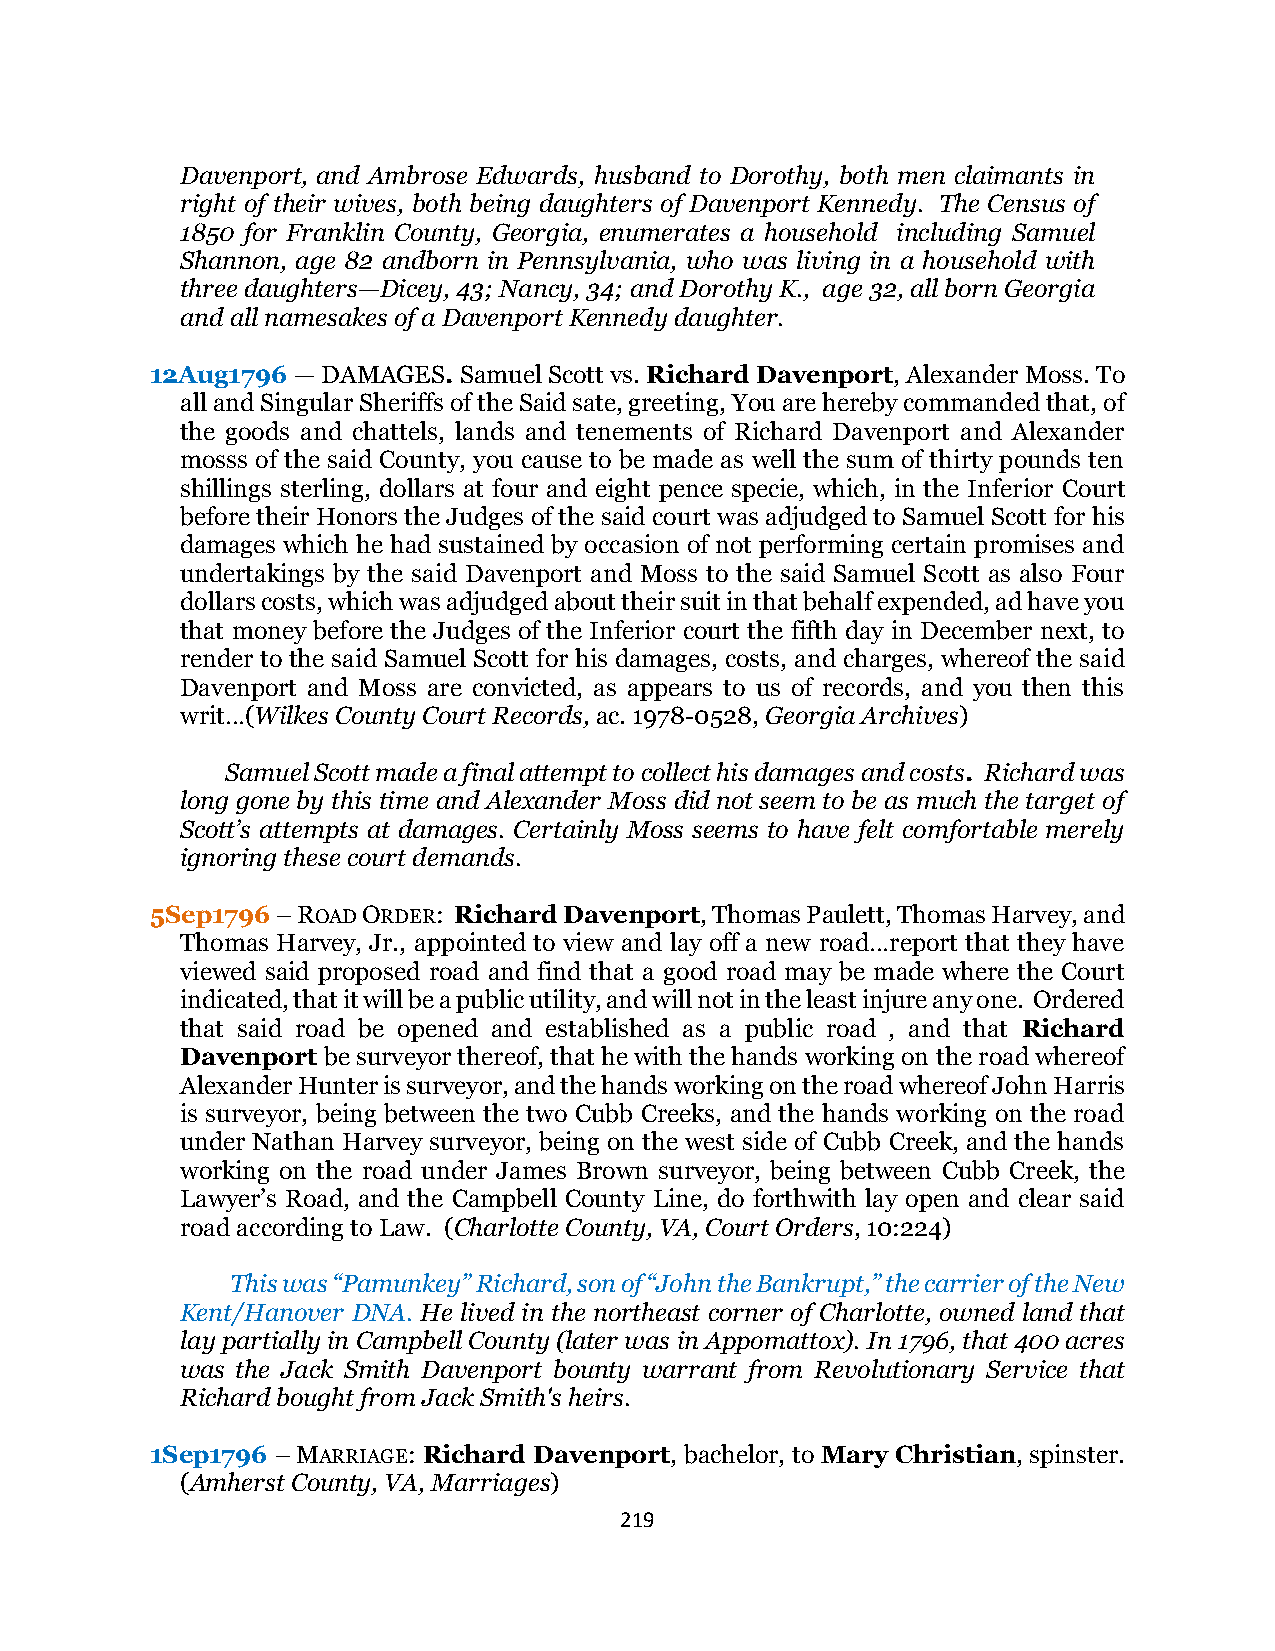
Davenport, and Ambrose Edwards, husband to Dorothy, both men claimants in
 right of their wives, both being daughters of Davenport Kennedy. The Census of
 1850 for Franklin County, Georgia, enumerates a household including Samuel
 Shannon, age 82 andborn in Pennsylvania, who was living in a household with
 three daughters—Dicey, 43; Nancy, 34; and Dorothy K., age 32, all born Georgia
 and all namesakes of a Davenport Kennedy daughter.
 12Aug1796 — DAMAGES. Samuel Scott vs. Richard Davenport, Alexander Moss. To
 all and Singular Sheriffs of the Said sate, greeting, You are hereby commanded that, of
 the goods and chattels, lands and tenements of Richard Davenport and Alexander
 mosss of the said County, you cause to be made as well the sum of thirty pounds ten
 shillings sterling, dollars at four and eight pence specie, which, in the Inferior Court
 before their Honors the Judges of the said court was adjudged to Samuel Scott for his
 damages which he had sustained by occasion of not performing certain promises and
 undertakings by the said Davenport and Moss to the said Samuel Scott as also Four
 dollars costs, which was adjudged about their suit in that behalf expended, ad have you
 that money before the Judges of the Inferior court the fifth day in December next, to
 render to the said Samuel Scott for his damages, costs, and charges, whereof the said
 Davenport and Moss are convicted, as appears to us of records, and you then this
 writ…(Wilkes County Court Records, ac. 1978-0528, Georgia Archives)
 Samuel Scott made a final attempt to collect his damages and costs. Richard was
 long gone by this time and Alexander Moss did not seem to be as much the target of
 Scott’s attempts at damages. Certainly Moss seems to have felt comfortable merely
 ignoring these court demands.
 5Sep1796 – ROAD ORDER: Richard Davenport, Thomas Paulett, Thomas Harvey, and
 Thomas Harvey, Jr., appointed to view and lay off a new road…report that they have
 viewed said proposed road and find that a good road may be made where the Court
 indicated, that it will be a public utility, and will not in the least injure any one. Ordered
 that said road be opened and established as a public road , and that Richard
 Davenport be surveyor thereof, that he with the hands working on the road whereof
 Alexander Hunter is surveyor, and the hands working on the road whereof John Harris
 is surveyor, being between the two Cubb Creeks, and the hands working on the road
 under Nathan Harvey surveyor, being on the west side of Cubb Creek, and the hands
 working on the road under James Brown surveyor, being between Cubb Creek, the
 Lawyer’s Road, and the Campbell County Line, do forthwith lay open and clear said
 road according to Law. (Charlotte County, VA, Court Orders, 10:224)
 This was “Pamunkey” Richard, son of “John the Bankrupt,” the carrier of the New
 Kent/Hanover DNA. He lived in the northeast corner of Charlotte, owned land that
 lay partially in Campbell County (later was in Appomattox). In 1796, that 400 acres
 was the Jack Smith Davenport bounty warrant from Revolutionary Service that
 Richard bought from Jack Smith's heirs.
 1Sep1796 – MARRIAGE: Richard Davenport, bachelor, to Mary Christian, spinster.
 (Amherst County, VA, Marriages)
 219